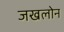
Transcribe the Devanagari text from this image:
जखलोन